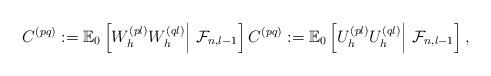
LaTeX: \begin{align*}C^{(pq)} := \mathbb{E}_0\left[ W^{(pl)}_hW^{(ql)}_h \middle|\ \mathcal{F}_{n, l-1}\right] C^{(pq)} := \mathbb{E}_0\left[ U^{(pl)}_hU^{(ql)}_h \middle|\ \mathcal{F}_{n, l-1}\right],\end{align*}